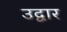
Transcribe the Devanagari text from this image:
उद्वार